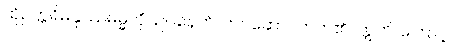
ထိုဥတ္တရိမနုဿဓမ္မကို။ ဥပနေတိ၊ ကပ်ဆောင်တတ်၏။ ဣတိ၊ ကြောင့်။